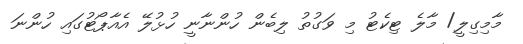
މާމިގިލީ/ މާލެ ޓިކެޓު މި ވަގުތު ލިބެން ހުންނާނީ ހުޅުލޭ އެއާޕޯޓުގައި ހުންނަ